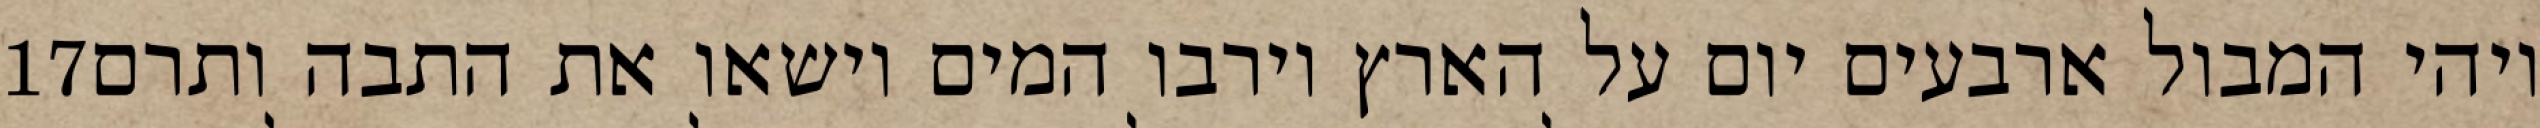
‎17‏ ויהי המבול ארבעים יום על הארץ וירבו המים וישאו את התבה ותרם